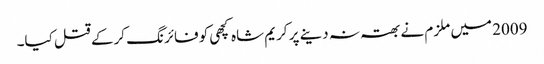
2009 میں ملزم نے بھتہ نہ دینے پر کریم شاہ کچھی کو فائرنگ کرکے قتل کیا۔